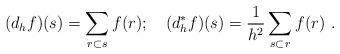
LaTeX: \begin{align*}(d_hf)(s)=\sum_{r \subset s}f(r); \quad( d_h^*f)(s)=\frac1{h^2} \sum_{s \subset r}f(r)\ .\end{align*}